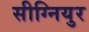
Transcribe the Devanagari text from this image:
सीग्नियुर